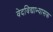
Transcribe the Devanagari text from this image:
वेदविद्याभ्यासक